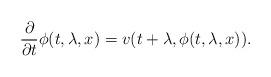
LaTeX: \begin{align*}\frac{\partial}{\partial t} \phi(t, \lambda, x) = v(t+\lambda, \phi(t, \lambda, x)).\end{align*}